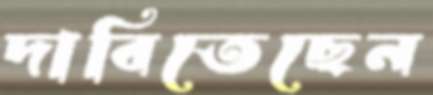
দাবিতেছেন